Report on sanitation, dispensaries, and jails in Rajputana for 1912, and on vaccination for the year 1912-1913 - 1912-1913
Year: 1912
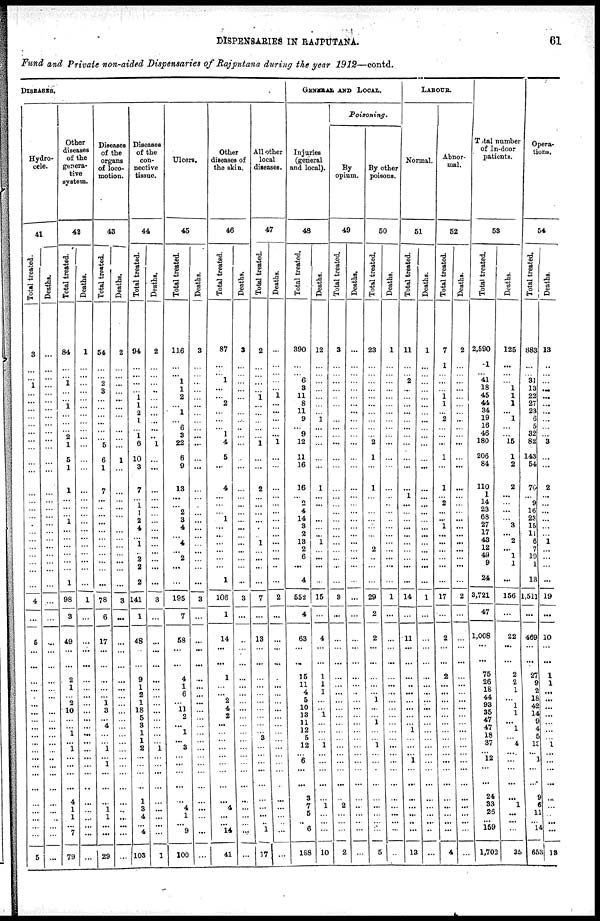
DISPENSARIES IN RAJPUTANA.
61
Fund and Private non-aided Dispensaries of Rajputana during the year 1912—contd.
DISEASES.
Hydro-
cale.
41
Total treated.
3
...
... 1
...
...
...
...
...
...
...
...
...
...
...
...
...
...
...
...
...
...
...
...
...
...
4
...
5
...
...
...
...
...
...
...
...
...
...
...
...
...
...
...
...
...
...
...
... ...
5
Deaths.
...
...
... ...
...
...
...
...
...
...
...
...
...
...
...
...
...
...
...
...
...
...
...
...
...
...
...
...
...
...
...
...
...
...
...
...
...
...
...
...
...
..
... ...
...
...
...
...
... ...
...
Other
diseases
of the
genera-
tive
system.
42
Total treated.
84
...
... 1
...
...
1
...
...
...
2
1
5
1
1
...
...
...
1
...
...
...
...
...
...
1
98
3
49
...
...
2
1
...
2
10
...
...
1
...
1
...
...
...
...
4
1
1
... 7
79
Deaths.
1
...
... ...
...
...
...
...
...
...
...
...
...
...
...
...
...
...
...
...
...
...
...
...
...
...
1
...
...
...
...
...
...
...
...
...
...
...
...
...
...
...
...
...
...
...
...
...
... ...
...
Diseases
of the
organs
of loco-
motion.
43
Total treated.
54
...
... 2
3
...
...
...
...
...
...
5
6
1
7
...
...
...
...
...
...
...
...
...
...
...
78
6
17
...
...
...
...
...
1
3
...
4
...
...
1
... 1
...
...
...
1
1
... ...
29
Deaths.
2
...
... ...
...
...
...
...
...
...
...
...
1
...
...
...
...
...
...
...
...
...
...
...
...
...
3
...
...
...
...
...
...
...
...
...
...
...
...
...
...
...
...
...
...
...
...
...
... ...
...
Diseases
of the
con-
nective
tissue.
44
Total treated.
94
...
... ...
...
1
1
2
1
...
1
6
10
3
7
...
1
1
2
4
...
1
...
2
2
2
141
1
48
...
...
9
1
2
1
18
5
3
1
1
2
...
...
...
...
1
3
4
... 4
103
Deaths.
2
...
... ...
...
...
...
...
...
...
...
1
...
...
...
...
...
...
...
...
...
...
...
...
...
...
3
...
...
...
...
...
...
...
...
...
...
...
...
...
1
...
...
...
...
...
...
...
... ...
1
Ulcers.
45
Total treated.
116
...
... 1
1
2
...
1
...
6
3
22
6
9
13
...
...
2
3
4
...
4
...
2
...
...
195
7
58
...
...
4
1
6
...
11
2
...
1
...
3
...
...
...
...
...
4
1
... 9
100
Deaths.
3
...
... ...
...
...
...
...
...
...
...
...
...
...
...
...
...
...
...
...
...
...
...
...
...
...
3
...
...
...
...
...
...
...
...
...
...
...
...
...
...
...
...
...
...
...
...
...
... ...
...
Other
diseases of
the skin.
46
Total treated.
87
...
... 1
...
...
2
...
...
...
1
4
5
...
4
...
...
...
1
...
...
...
...
...
...
1
106
1
14
...
...
1
...
...
2
4
2
...
...
...
...
...
...
...
...
...
4
...
... 14
41
Deaths.
3
...
... ...
...
...
...
...
...
...
...
...
...
...
...
...
...
...
...
...
...
...
...
...
...
..
3
...
...
...
...
...
...
...
...
...
...
...
...
...
...
...
...
...
...
...
...
...
... ...
...
All other
local
diseases.
47
Total treated.
2
...
... ...
...
1
...
...
...
...
...
1
...
...
2
...
...
...
...
...
...
1
...
...
...
...
7
...
13
...
...
...
...
...
...
...
...
...
...
3
...
...
...
...
...
...
...
...
... 1
17
Deaths.
...
...
... ...
...
1
...
...
...
...
...
1
...
...
...
...
...
...
...
...
...
...
...
...
...
...
2
...
...
...
...
...
...
...
...
...
...
...
...
...
...
...
...
...
...
...
...
...
... ...
...
GENERAL AND LOCAL.
Injuries
(general
and local).
48
Total
treated.
390
...
... 6
3
11
8
11
9
...
9
12
11
16
16
...
2
4
14
3
2
13
2
6
...
4
552
4
63
...
...
15
11
4
5
10
13
11
12
5
12
...
6
...
...
3
7
5
... 6
188
Deaths.
12
...
... ...
...
...
...
...
1
...
...
...
...
...
1
...
...
...
...
...
...
1
...
...
...
...
15
...
4
...
...
1
1
1
...
...
1
...
...
...
1
...
...
...
...
...
1
...
... ...
10
Poisoning.
By
opium.
49
Total
treated.
3
...
... ...
...
...
...
...
...
...
...
...
...
...
...
...
...
...
...
...
...
...
...
...
...
...
3
...
...
...
...
...
...
...
...
...
...
...
...
...
...
...
...
...
...
...
2
...
... ...
2
Deaths.
...
...
... ...
...
...
...
...
...
...
...
...
...
...
...
...
...
...
...
...
...
...
...
...
...
...
...
...
...
...
...
...
...
...
...
...
...
...
...
...
...
...
...
...
...
...
...
...
... ...
...
By other
poisons.
50
Total treated.
23
...
... ...
...
...
...
...
...
...
...
2
1
...
1
...
...
...
...
...
...
...
2
...
...
...
29
2
2
...
...
...
...
...
1
...
...
1
...
...
1
...
...
...
...
...
...
...
... ...
5
Deaths.
1
...
... ...
...
...
...
...
...
...
...
...
...
...
...
...
...
...
...
...
...
...
...
...
...
...
1
...
...
...
...
...
...
...
...
...
...
...
...
...
...
...
...
...
...
...
...
...
... ...
...
LABOUR.
Normal.
51
Total treated.
11
...
... 2
...
...
...
...
...
...
...
...
...
...
...
1
...
...
...
...
...
...
...
...
...
...
14
...
11
...
...
...
...
...
...
...
...
...
1
...
...
... 1
...
...
...
...
...
... ...
13
Deaths.
1
...
... ...
...
...
...
...
...
...
...
...
...
...
...
...
...
...
...
...
...
...
...
...
...
...
1
...
...
...
...
...
...
...
...
...
...
...
...
...
...
...
...
...
...
...
...
...
... ...
...
Abnor-
mal.
52
Total
treated.
7
1
... ...
...
1
1
...
2
...
...
...
1
...
1
...
2
...
...
1
...
...
...
...
...
...
17
...
2
...
...
2
...
...
...
...
...
...
...
...
...
...
...
...
...
...
...
...
... ...
4
Deaths.
2
...
... ...
...
...
...
...
...
...
...
...
...
...
...
...
...
...
...
...
...
...
...
...
...
...
2
...
...
...
...
...
...
...
...
...
...
...
...
...
...
...
...
...
...
...
...
...
... ...
...
Tota1 number
of In-door
patients.
53
Total treated.
2,590
1
... 41
18
45
44
34
19
16
46
180
206
84
110
1
14
23
68
27
17
43
12
49
9
24
3,721
47
1,008
...
...
75
26
18
44
93
35
47
47
18
37
... 12
...
...
24
33
26
... 169
1,702
Deaths.
125
...
... ...
1
1
1
...
1
...
...
15
1
2
2
...
...
...
...
3
...
2
...
1
1
...
156
...
22
...
... 2
2
1
...
1
1
...
1
...
4
...
...
...
...
...
1
...
...
35
Opera-
tions.
54
Total treated.
883
...
... 31
13
22
27
23
6
5
32
82
143
54
70
...
9
16
23
15
14
6
7
10
1
13
1,511
...
469
...
...
27
9
2
16
42
14
9
4
5
13
...
1
...
...
9
6
11
... 14
653
Deaths.
13
...
... ...
...
...
...
...
...
...
...
3
...
...
2
...
...
...
...
...
...
1
...
...
...
19
...
10
...
...
1
1
...
...
...
...
...
...
.
1
...
..
...
...
...
...
...
... ...
13